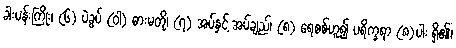
ခါးပန်းကြိုး၊ (၆) ပဲခွပ် (ဝါ) ဓားမတို၊ (၇) အပ်နှင့် အပ်ချည်၊ (၈) ရေစစ်ဟူ၍ ပရိက္ခရာ (၈)ပါး ရှိ၏၊